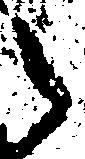
之